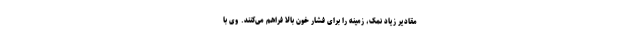
مقادیر زیاد نمک، زمینه را برای فشار خون بالا فراهم می‌کنند. وی با